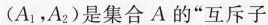
(A_{1}，A_{2})是集合A的”互斥子